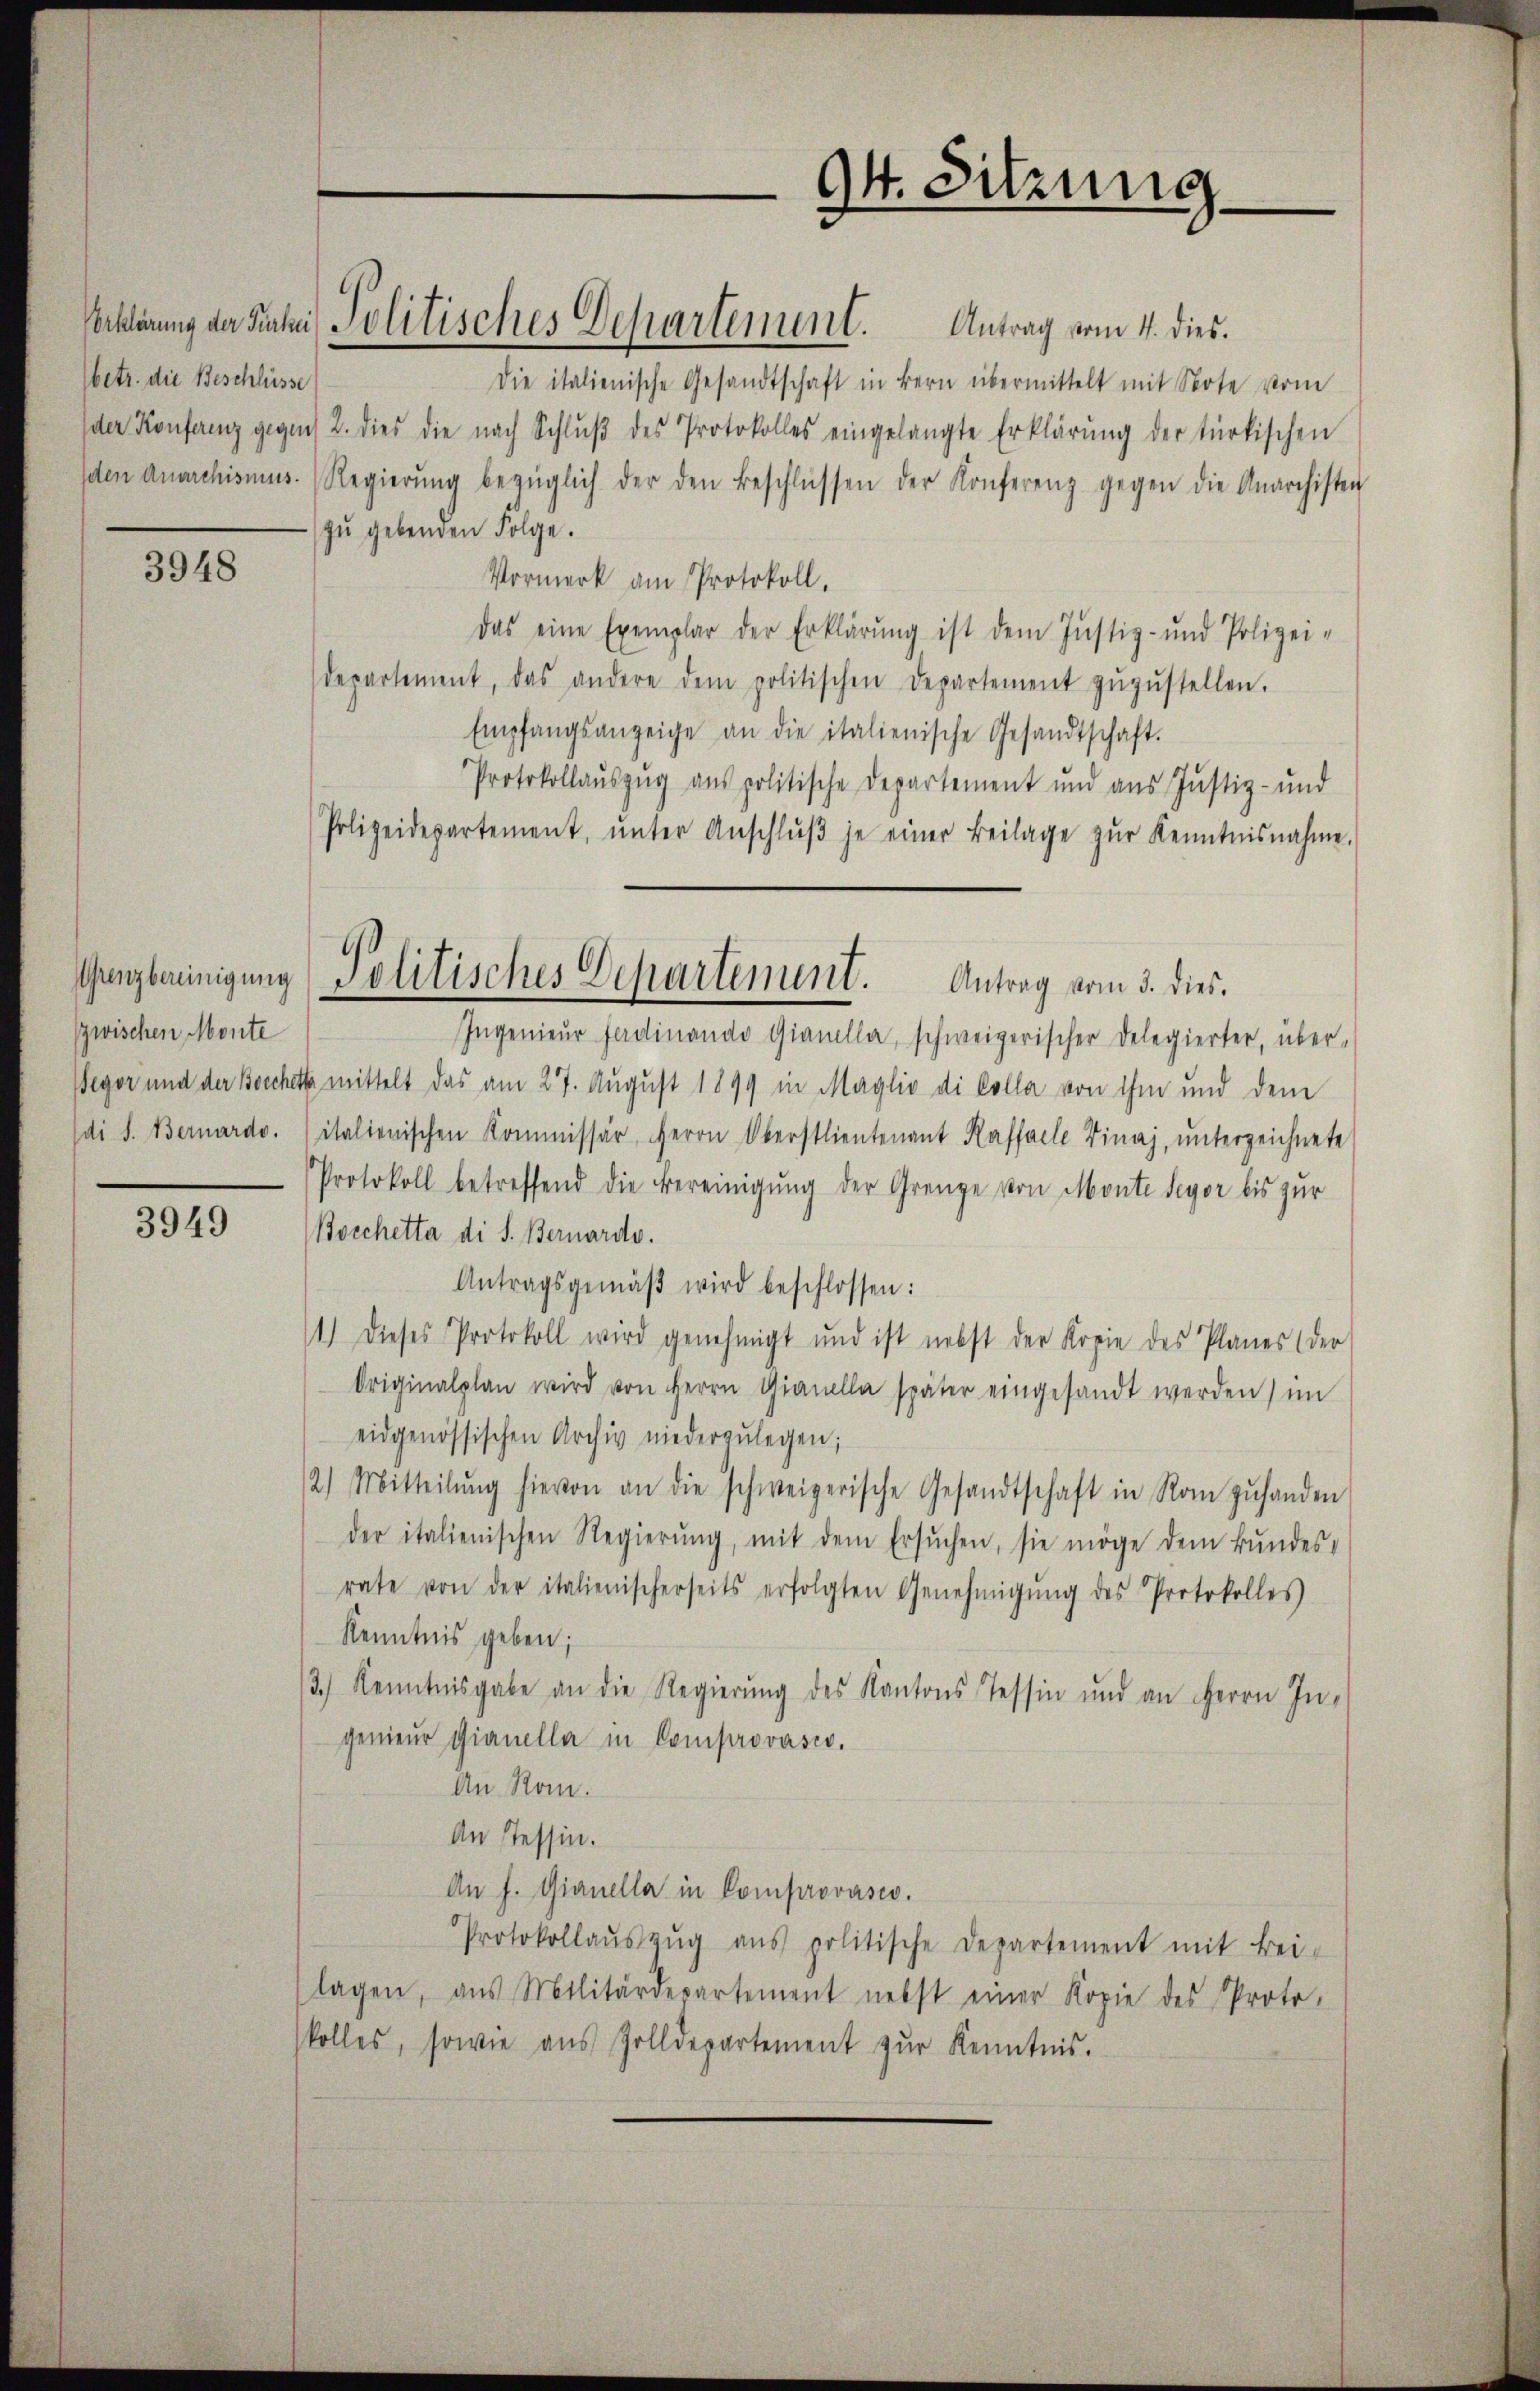
(betr. die Beschlüsse

3948

Grenzbereinigung
zwischen Monte

3949

Die italienische Gesandtschaft in Bern übermittelt mit Note vom
der Konferenz gegens 2. dies die nach Schlŭβ des Protokolles eingelangte Erklärŭng der türkischen
peten Anarchismus. Regierŭng bezüglich der den Beschlüssen der Konferenz gegen die Anarchisten
zŭ gebenden Folge.
Vormerk am Protokoll.
Das eine Exemplar der Erklärŭng ist dem Justiz- und Polizei-
departement, das andere dem politischen Departement zŭzŭstellen.
Empfangsanzeige an die italienische Gesandtschaft.
Protokollauszug aus politische Departement und aus Justiz- und
Polizeidepartement, ŭnter Anschlŭβ je einer Beilage zŭr Kenntnisnahme.
Ingenieŭr Ferdinande Gianella, schweizerischer Delegierter, über-
Wegor und der Bocchett mittelt das am 27. August 1899 in Maglio di Colla von ihm und dem
di S. Bernardo. italienischen Kommissär Herrn Oberstlieutenant Kaffalle Vinaj, ŭnterzeichnete
Protokoll betreffend die Bereinigŭng der Grenze von Monte devor bis zur
Boschetta di S. Bernardo.
Antragsgemäβ wird beschlossen:
1) dieses Protokoll wird genehmigt und ist nebst der Kopie des Planes (der
Originalplan wird von Herrn Gianella später eingesandt werden) im
eidgenössischen Archiv niederzŭlegen;
2) Mitteilŭng hievon an die schweizerische Gesandtschaft in Rom zŭ handen
der italienischen Regierŭng, mit dem Ersŭchen, sie möge dem Bŭndes-
rate von der italienischerseits erfolgten Genehmigŭng des Protokolles
Kenntnis geben;
3.) Kenntnisgabe an die Regierŭng des Kantons Tessin und an Herrn Ingenieŭr Gianella in Comprovasio.
An Ron.
An Tessin.
An f. Gianella in Comprovasio.
Protokollaŭszŭg ans politische Departement mit Bei-
lagen, aus Militärdepartement nebst einer Kopie des Proto-
kolles, sowie aus Zolldepartement zur Kenntnis.

erklärung der Fache Politisches Departement. Antrag vom 4. dies.

94. Sitzung

Politisches Departenunt. Antrag vom 3. dies